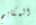
المكابح